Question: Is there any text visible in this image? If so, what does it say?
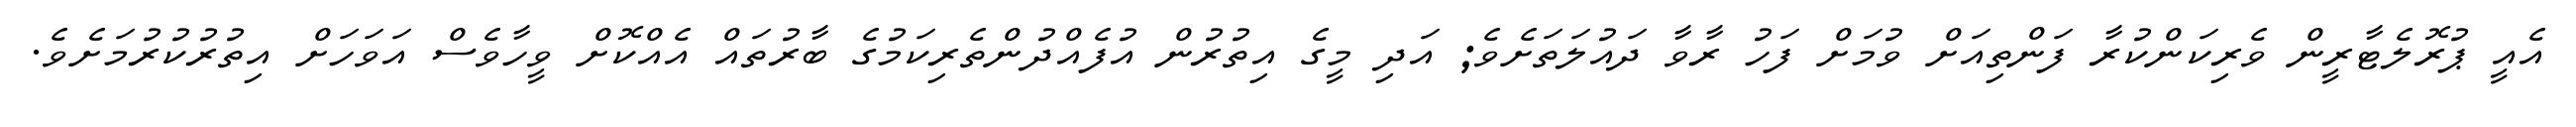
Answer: އެއީ ޕުރޮލެޓާރީން ވެރިކަންކުރާ ފަންތިއަށް ވުމަށް ފަހު ރާވާ ދައުލަތަށެވެ; އަދި މީގެ އިތުރުން އުފެއްދުންތެރިކަމުގެ ބާރުތައް އެއްކޮށް ވީހާވެސް އަވަހަށް އިތުރުކުރުމަށެވެ.